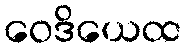
ဝေဒိယေထ